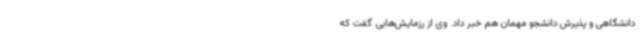
دانشگاهی و پذیرش دانشجو مهمان هم خبر داد. وی از رزمایش‌هایی گفت که